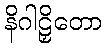
နိဂါဠှိတော